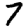
Digit: 7